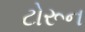
ટોરૂન